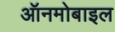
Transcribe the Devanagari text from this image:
ऑनमोबाइल